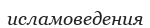
исламоведения